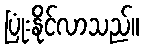
ပြုံးနိုင်လာသည်။